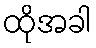
ထိုအခါ